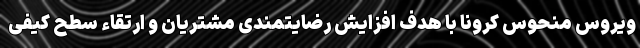
ویروس منحوس کرونا با هدف افزایش رضایتمندی مشتریان و ارتقاء سطح کیفی